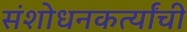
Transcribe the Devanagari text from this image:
संशोधनकर्त्यांची